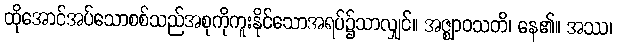
ထိုအောင်အပ်သောစစ်သည်အစုကိုကူးနိုင်သောအရပ်၌သာလျှင်။ အဇ္ဈာဝသတိ၊ နေ၏။ အဿ၊